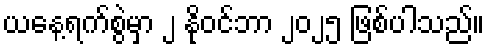
ယနေ့ရက်စွဲမှာ ၂ နိုဝင်ဘာ ၂၀၂၅ ဖြစ်ပါသည်။